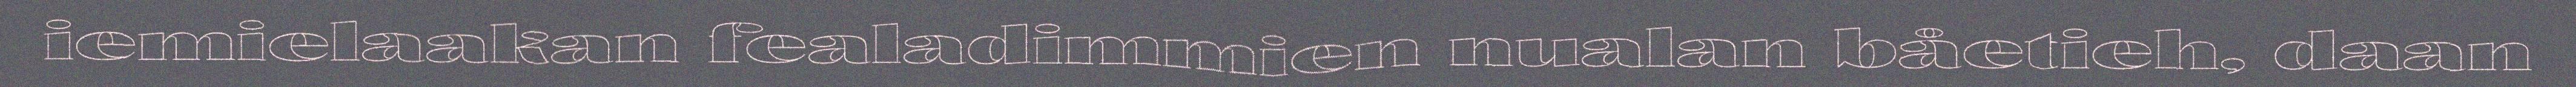
iemielaakan fealadimmien nualan båetieh, daan